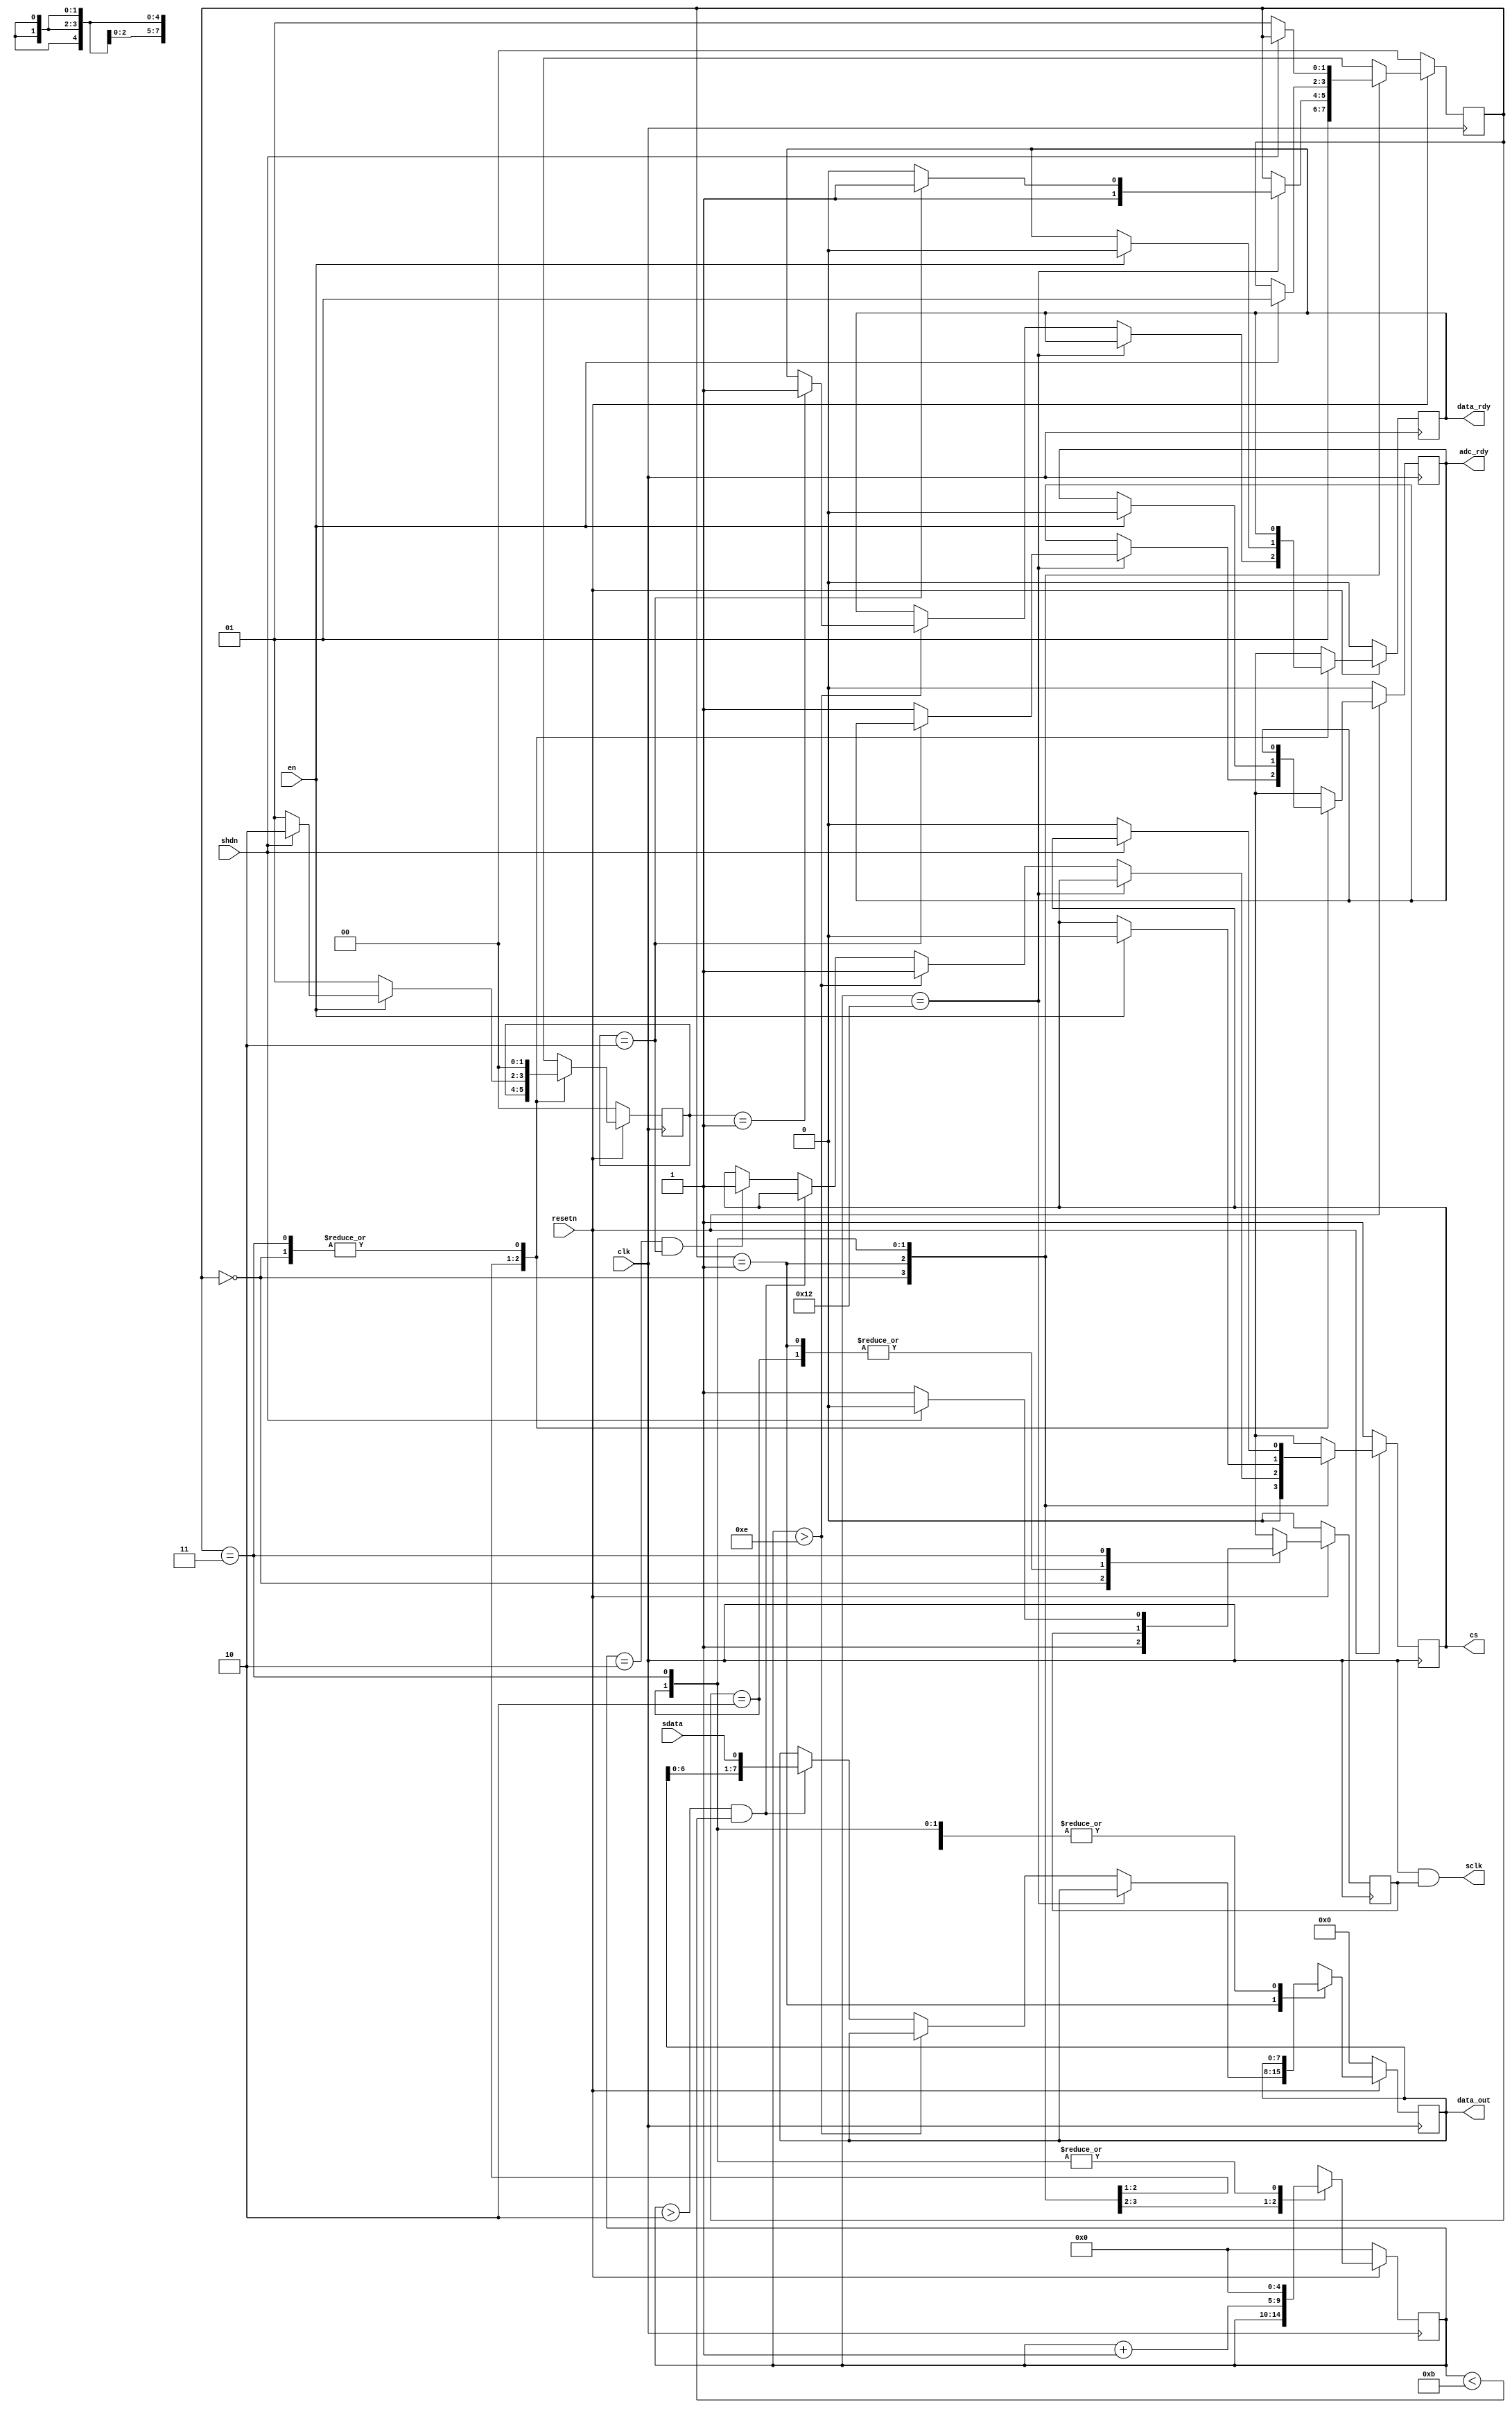
module serialADC(clk, resetn, en, shdn, data_rdy, adc_rdy, data_out, sclk, cs, sdata);

input				clk, resetn, en, shdn;
output				data_rdy, adc_rdy;
output		[7:0]	data_out;

output				sclk, cs;
input				sdata;

reg					clk_en, next_clk_en;
reg					cs, next_cs;
reg					adc_rdy, next_adc_rdy;
reg					data_rdy, next_data_rdy;
reg			[7:0]	data_out, next_data_out;
reg			[4:0]	counter, next_counter;
reg			[1:0]	state, next_state;
reg			[1:0]	adc_state, next_adc_state;

parameter ADC_RST =		2'b00;
parameter ADC_START =	2'b01;
parameter ADC_RDY =		2'b10;
parameter ADC_PD =		2'b11;

assign sclk = (clk & clk_en);

always @ (posedge clk)
begin
	if (~resetn)
	begin
		state <= ADC_RST;
		adc_state <= 0;
		clk_en <= 0;
		counter <= 0;
		cs <= 1;
		data_out <= 0;
		adc_rdy <= 0;
		data_rdy <= 0;
	end
	else
	begin
		state <= next_state;
		adc_state <= next_adc_state;
		clk_en <= next_clk_en;
		counter <= next_counter;
		cs <= next_cs;
		data_out <= next_data_out;
		adc_rdy <= next_adc_rdy;
		data_rdy <= next_data_rdy;
	end
end

always @ *
begin
	next_state = state;
	next_adc_state = adc_state;
	next_clk_en = clk_en;
	next_counter = counter;
	next_cs = cs;
	next_data_out = data_out;
	next_adc_rdy = adc_rdy;
	next_data_rdy = data_rdy;

	case (state)
		ADC_RST:
		begin
			next_state = ADC_START;
			next_adc_state = 0;
			next_clk_en = 1;
			next_cs = 0;
		end

		ADC_START:
		begin
			next_counter = counter + 1;
			if (counter==18)
			begin
				if (adc_state==2)
					next_state = ADC_PD;
				else
				begin
					next_state = ADC_RDY;
					next_adc_rdy = 1;
				end
			end
			else if (counter>14)
			begin
				next_cs = 1;
				if (adc_state==1)
					next_data_rdy = 1;
			end
			else if ((counter>2)&&(counter<11))
				next_data_out = {data_out[6:0], sdata};
			// sleep mode
			else if ((counter==2)&&(adc_state==2))
				next_cs = 1;
		end

		ADC_RDY:
		begin
			next_adc_state = 1;
			next_counter = 0;
			if (en)
			begin
				next_adc_rdy = 0;
				next_cs = 0;
				next_data_rdy = 0;
				next_state = ADC_START;
				if (shdn)
					next_adc_state = 2;
			end
		end

		ADC_PD:
		begin
			next_counter = 0;
			next_adc_state = 0;
			next_clk_en = 0;
			if (~shdn)
			begin
				next_cs = 0;
				next_state = ADC_START;
				next_clk_en = 1;
			end
		end

	endcase
end


endmodule